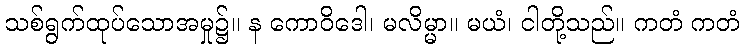
သစ်ရွက်ထုပ်သောအမှု၌။ န ကောဝိဒေါ၊ မလိမ္မာ။ မယံ၊ ငါတို့သည်။ ကတံ ကတံ